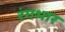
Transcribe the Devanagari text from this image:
रंगभार